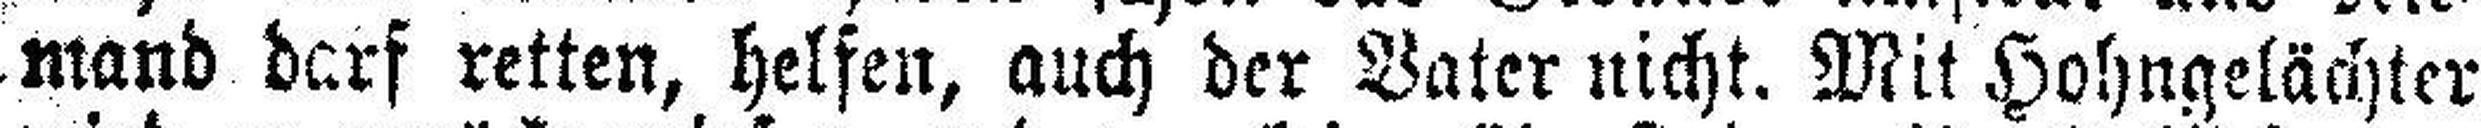
mand darf retten, helfen, auch der Vater nicht. Mit Hohngelächter